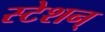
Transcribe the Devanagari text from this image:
स्टेशन्